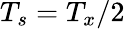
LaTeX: T_{s}=T_{x}/2